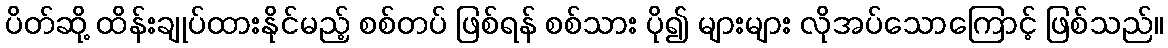
ပိတ်ဆို့ ထိန်းချုပ်ထားနိုင်မည့် စစ်တပ် ဖြစ်ရန် စစ်သား ပို၍ များများ လိုအပ်သောကြောင့် ဖြစ်သည်။